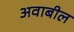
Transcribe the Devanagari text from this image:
अवाबील